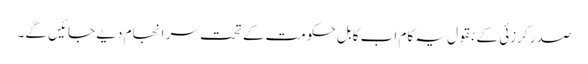
صدر کرزئی کے بقول یہ کام اب کابل حکومت کے تحت سر انجام دیے جائیں گے۔